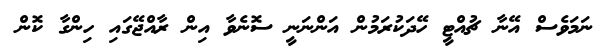
ނަމަވެސް އޭނާ ޗުއްޓީ ހޭދަކުރަމުން އަންނަނީ ސޮނެވާ އިން ރާއްޖޭގައި ހިންގާ ކޮން